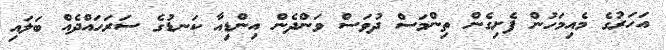
އަހަރުގެ މެއިމަހުން ފެށިގެން ތިންމަސް ދުވަސް ވަންދެން އިންޑިއާ ކަނޑުގެ ސަރަހައްދެއް ބަލައި